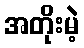
အတိုးမဲ့